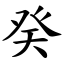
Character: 癸